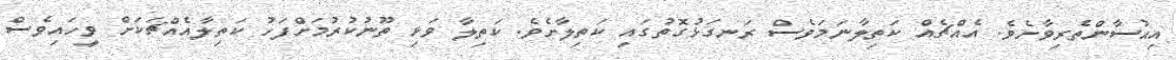
އިޙުސާންތެރިވާށެވެ. އެއްޗެއް ކަތިލާނަމަވެސް ރަނގަޅުގޮތުގައި ކަތިލާށެވެ. ކަތިލާ ވަޅި ތޫނުކުރުމަށްފަހު ކަތިލާއެއްޗަކަށް ވީހައިވެސް